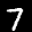
Label: 7